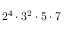
2 ^ { 4 } \cdot 3 ^ { 2 } \cdot 5 \cdot 7